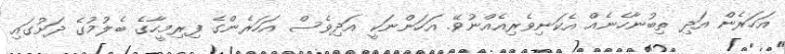
އަހަރެން އަދި ތިބުނާހެނެއް އެކަނިވެރިއެއްނުވޭ. އަހަންނަކީ އަދިވެސް އަހަރެންގެ ފިރިމީހާގެ ބެލުމުގެ ދަށުގައި